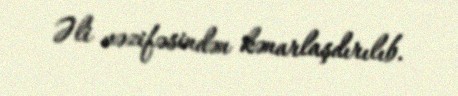
Əli vəzifəsindən kənarlaşdırılıb.